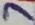
Text: 7